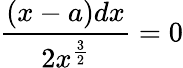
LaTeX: {\frac{(x-a)dx}{2x^{\frac{3}{2}}}}=0